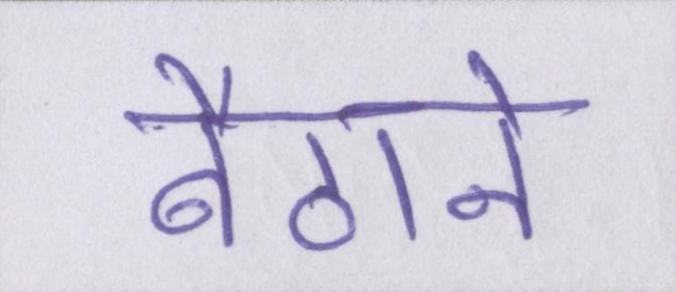
बैठाने